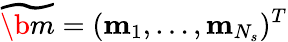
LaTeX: \widetilde{\b{m}}=(\mathbf{m}_{1},\dots,\mathbf{m}_{N_{s}})^{T}